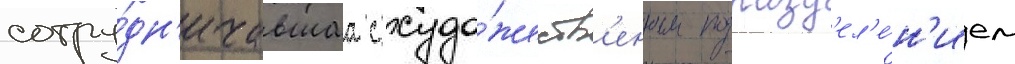
сотру́дн'ичавшаа с худо́жеств'енным подразд'ел'е́н'ием